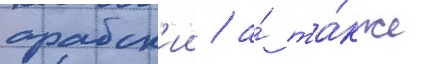
арабск'ии / а́ та́кже